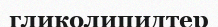
гликолипидтер